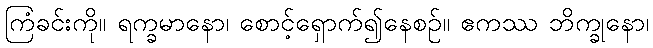
ကြံခင်းကို။ ရက္ခမာနော၊ စောင့်ရှောက်၍နေစဉ်။ ဧကဿ ဘိက္ခုနော၊